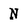
Character: N